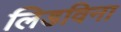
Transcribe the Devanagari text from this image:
लिडविना